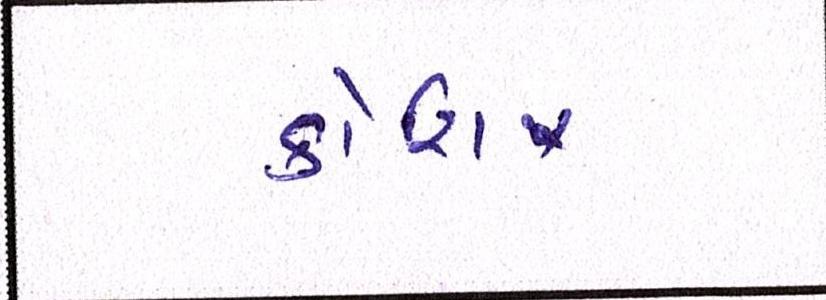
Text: કોશિષ